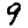
Digit: 9